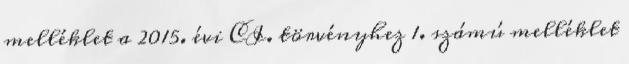
melléklet a 2015. évi CI. törvényhez 1. számú melléklet